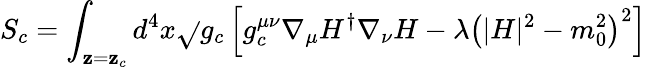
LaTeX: S_{c}=\int_{\mathbf{z}=\mathbf{z}_{c}}d^{4}x\sqrt{}{{g_{c}}}\left[g_{c}^{\mu\nu}\nabla_{\mu}H^{\dagger}\nabla_{\nu}H-\lambda\left(|H|^{2}-m_{0}^{2}\right)^{2}\right]